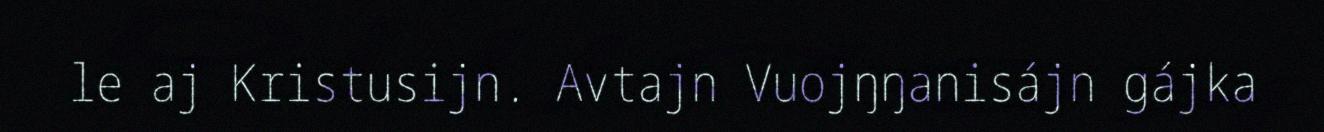
le aj Kristusijn. Avtajn Vuojŋŋanisájn gájka